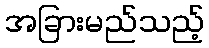
အခြားမည်သည့်